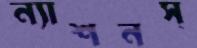
ন্যাশনস্